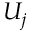
U _ { j }